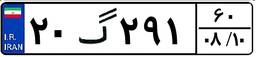
۲۰گ۲۹۱۶۰